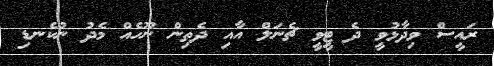
ރައީސް ވިދާޅުވީ ދެ ޓީވީ ޗެނަލް އާއި ދެތިން ނޫހެއް މެދު ނުކެނޑި